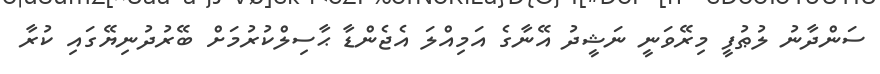
ސަންދާނު ލުޠުފީ މިރޭވަނީ ނަޝީދު އޭނާގެ އަމިއްލަ އެޖެންޑާ ޙާސިލްކުރުމަށް ބޭރުދުނިޔޭގައި ކުރާ